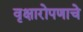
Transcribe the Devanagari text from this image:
वृक्षारोपणाचे